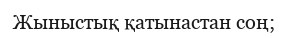
Жыныстық қатынастан соң;